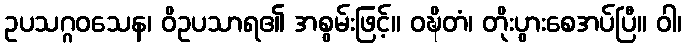
ဥပသဂ္ဂဝသေန၊ ဝိဥပသာရ၏ အစွမ်းဖြင့်။ ဝဍ္ဎိတံ၊ တိုးပွားစေအပ်ပြီ။ ဝါ၊